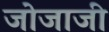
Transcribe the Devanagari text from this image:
जोजाजी